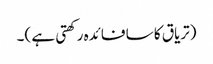
(تریاق کا سا فائدہ رکھتی ہے )۔